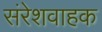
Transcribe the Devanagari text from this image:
संरेशवाहक